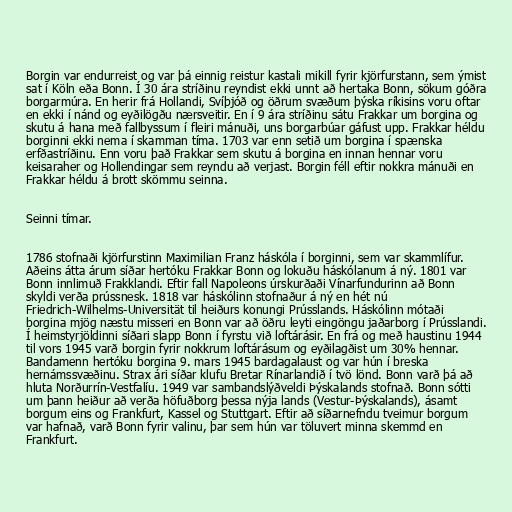
Borgin var endurreist og var þá einnig reistur kastali mikill fyrir kjörfurstann, sem ýmist
sat í Köln eða Bonn. Í 30 ára stríðinu reyndist ekki unnt að hertaka Bonn, sökum góðra
borgarmúra. En herir frá Hollandi, Svíþjóð og öðrum svæðum þýska ríkisins voru oftar
en ekki í nánd og eyðilögðu nærsveitir. En í 9 ára stríðinu sátu Frakkar um borgina og
skutu á hana með fallbyssum í fleiri mánuði, uns borgarbúar gáfust upp. Frakkar héldu
borginni ekki nema í skamman tíma. 1703 var enn setið um borgina í spænska
erfðastríðinu. Enn voru það Frakkar sem skutu á borgina en innan hennar voru
keisaraher og Hollendingar sem reyndu að verjast. Borgin féll eftir nokkra mánuði en
Frakkar héldu á brott skömmu seinna.

Seinni tímar.

1786 stofnaði kjörfurstinn Maximilian Franz háskóla í borginni, sem var skammlífur.
Aðeins átta árum síðar hertóku Frakkar Bonn og lokuðu háskólanum á ný. 1801 var
Bonn innlimuð Frakklandi. Eftir fall Napoleons úrskurðaði Vínarfundurinn að Bonn
skyldi verða prússnesk. 1818 var háskólinn stofnaður á ný en hét nú
Friedrich-Wilhelms-Universität til heiðurs konungi Prússlands. Háskólinn mótaði
borgina mjög næstu misseri en Bonn var að öðru leyti eingöngu jaðarborg í Prússlandi.
Í heimstyrjöldinni síðari slapp Bonn í fyrstu við loftárásir. En frá og með haustinu 1944
til vors 1945 varð borgin fyrir nokkrum loftárásum og eyðilagðist um 30% hennar.
Bandamenn hertóku borgina 9. mars 1945 bardagalaust og var hún í breska
hernámssvæðinu. Strax ári síðar klufu Bretar Rínarlandið í tvö lönd. Bonn varð þá að
hluta Norðurrín-Vestfalíu. 1949 var sambandslýðveldi Þýskalands stofnað. Bonn sótti
um þann heiður að verða höfuðborg þessa nýja lands (Vestur-Þýskalands), ásamt
borgum eins og Frankfurt, Kassel og Stuttgart. Eftir að síðarnefndu tveimur borgum
var hafnað, varð Bonn fyrir valinu, þar sem hún var töluvert minna skemmd en
Frankfurt.